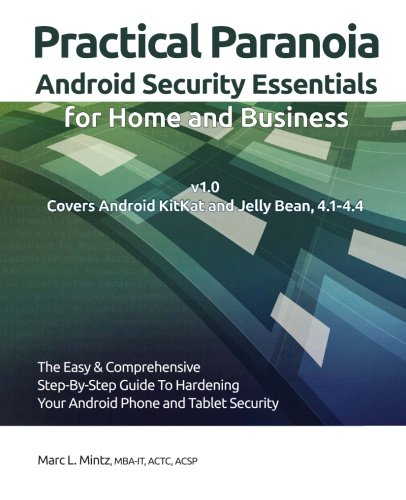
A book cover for Practical Paranoia: Android Security Essentials; Marc L. Mintz; Computers & Technology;